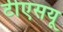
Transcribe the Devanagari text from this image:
टीएसयू